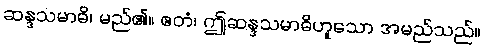
ဆန္ဒသမာဓိ၊ မည်၏။ ဧတံ၊ ဤဆန္ဒသမာဓိဟူသော အမည်သည်။